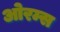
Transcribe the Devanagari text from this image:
ओरम्स